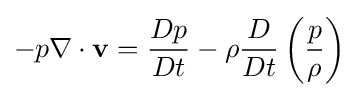
-p\nabla \cdot {\mathbf {v} }={\frac {Dp}{Dt}}-\rho {\frac {D}{Dt}}\left({\frac {p}{\rho }}\right)